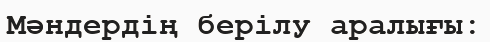
Мәндердің берілу аралығы: